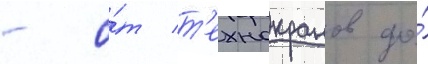
- о́т т'ехнокранов до́